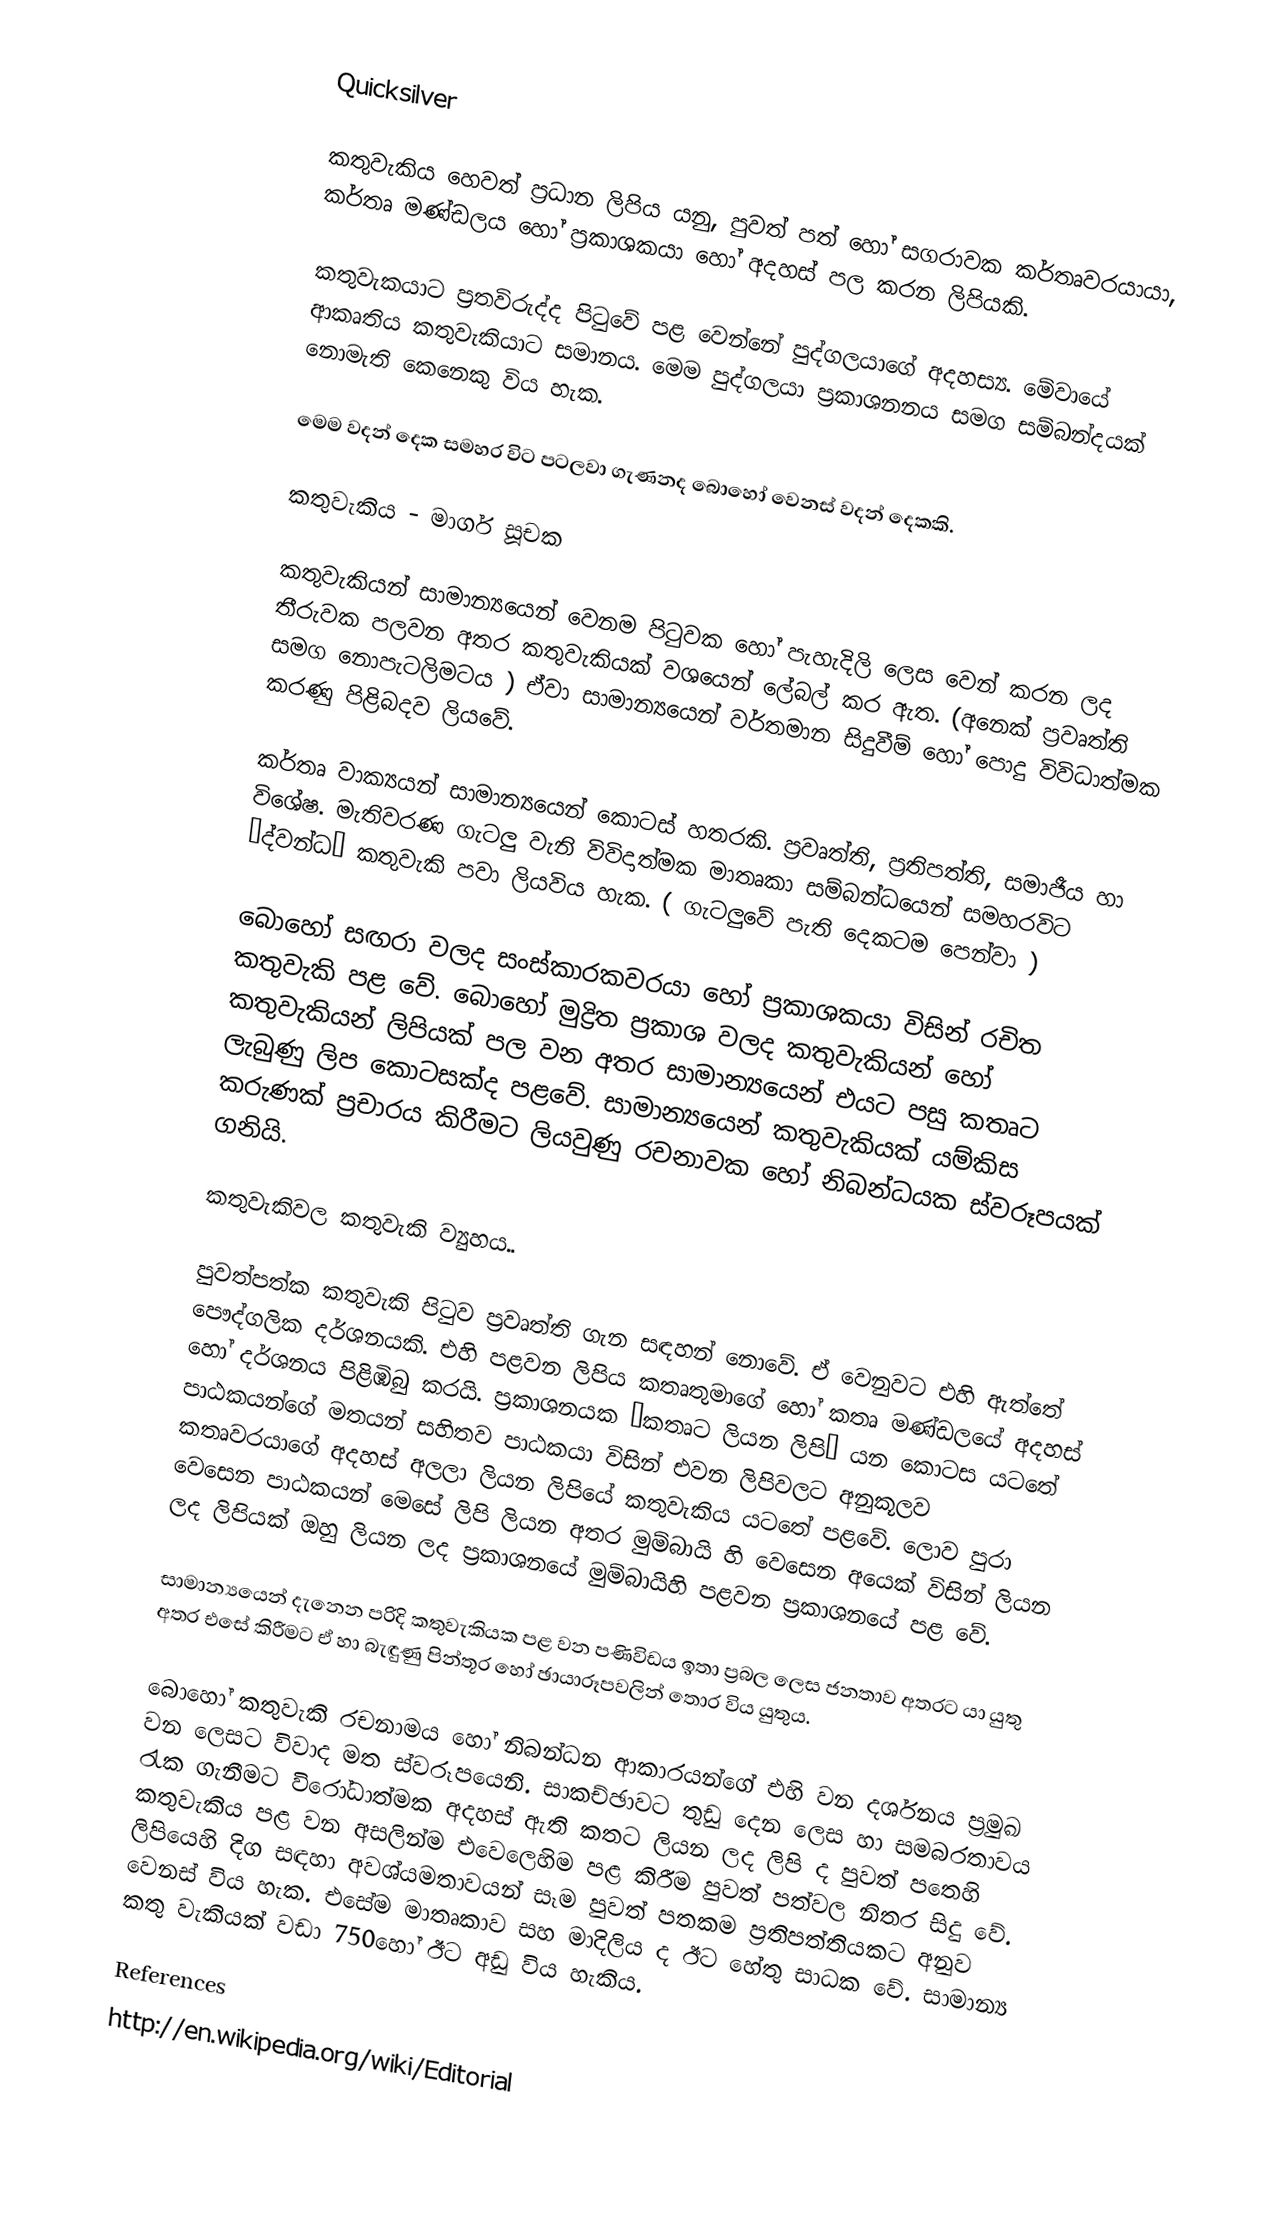
Quicksilver

කතුවැකිය හෙවත් ප්‍රධාන ලිපිය යනු, පුවත් පත් හෝ සගරාවක කර්තෘවරයායා, කර්තෘ මණ්ඩලය හෝ ප්‍රකාශකයා හෝ අදහස් පල කරන ලිපියකි.

කතුවැකයාට ප්‍රතවිරුද්ද පිටුවේ පළ වෙන්නේ පුද්ගලයාගේ අදහස්‍ය. මේවායේ ආකෘතිය කතුවැකියාට සමානය. මෙම පුද්ගලයා ප්‍රකාශනනය සමග සම්බන්දයක් නොමැති කෙනෙකු විය හැක.

මෙම වදන් දෙක සමහර විට පටලවා ගැණනද බොහෝ වෙනස් වදන් දෙකකි.

කතුවැකිය - මාර්ග සූචක

කතුවැකියන් සාමාන්‍යයෙන් වෙනම පිටුවක හෝ පැහැදිලි ලෙස වෙන් කරන ලද තීරුවක පලවන අතර කතුවැකියක් වශයෙන් ලේබල් කර ඇත. (අනෙක් ප්‍රවෘත්ති සමග නොපැටලිමටය ) ඒවා සාමාන්‍යයෙන් වර්තමාන සිදුවීම් හෝ පොදු විවිධාත්මක කරණු පිළිබදව ලියවේ.

කර්තෘ වාක්‍යයන් සාමාන්‍යයෙන් කොටස් හතරකි.  ප්‍රවෘත්ති, ප්‍රතිපත්ති, සමාජීය හා විශේෂ. මැතිවරණ ගැටලු වැනි විවිදාත්මක මාතෘකා සම්බන්ධයෙන් සමහරවිට “ද්වන්ධ” කතුවැකි පවා ලියවිය හැක. ( ගැටලුවේ පැති දෙකටම පෙන්වා )

බොහෝ සඟරා වලද සංස්කාරකවරයා හෝ ප්‍රකාශකයා විසින් රචිත කතුවැකි පළ වේ. බොහෝ මුද්‍රිත ප්‍රකාශ වලද කතුවැකියන් හෝ කතුවැකියන් ලිපියක් පල වන අතර සාමාන්‍යයෙන් එයට පසු  කතෘට ලැබුණු ලිප කොටසක්ද පළවේ. සාමාන්‍යයෙන් කතුවැකියක් යම්කිස කරුණක් ප්‍රචාරය කිරීමට ලියවුණු රචනාවක හෝ නිබන්ධයක ස්වරූපයක් ගනියි.

කතුවැකිවල කතුවැකි ව්‍යුහය..

පුවත්පත්ක කතුවැකි පිටුව ප්‍රවෘත්ති ගැන සඳහන් නොවේ. ඒ වෙනුවට එහි ඇත්තේ පෞද්ගලික දර්ශනයකි. එහි පළවන ලිපිය කතෘතුමාගේ හෝ කතෘ මණ්ඩලයේ අදහස් හෝ දර්ශනය පිළිඹිබු කරයි. ප්‍රකාශනයක “කතෘට ලියන ලිපි” යන කොටස යටතේ පාඨකයන්ගේ මතයන් සහිතව පාඨකයා විසින් එවන ලිපිවලට අනුකූලව කතෘවරයාගේ අදහස් අලලා ලියන ලිපියේ කතුවැකිය යටතේ පළවේ. ලොව පුරා වෙසෙන පාඨකයන් මෙසේ ලිපි ලියන අතර මුම්බායි හි වෙසෙන අයෙක් විසින් ලියන ලද ලිපියක් ඔහු ලියන ලද ප්‍රකාශනයේ මුම්බායිහි පළවන ප්‍රකාශනයේ පළ වේ.

සාමාන්‍යයෙන් දැනෙන පරිදි කතුවැකියක පළ වන පණිවිඩය ඉතා ප්‍රබල ලෙස ජනතාව අතරට යා යුතු අතර එසේ කිරීමට ඒ හා බැඳුණු පින්තූර හෝ ඡායාරූපවලින් තොර විය යුතුය.

බොහෝ කතුවැකි රචනාමය හෝ නිබන්ධන ආකාරයන්ගේ එහි වන දර්ශනය ප්‍රමුඛ වන ලෙසට විවාද මත ස්වරූපයෙනි. සාකච්ඡාවට තුඩු දෙන ලෙස හා සමබරතාවය රැක ගැනීමට විරෝධාත්මක අදහස් ඇති කතට ලියන ලද ලිපි ද පුවත් පතෙහි කතුවැකිය පළ වන අසලින්ම එවෙලෙහිම පළ කිරීම පුවත් පත්වල නිතර සිදු වේ. ලිපියෙහි දිග සඳහා අවශ්යමතාවයන් සෑම පුවත් පතකම ප්‍රතිපත්තියකට අනුව වෙනස් විය හැක. එසේම මාතෘකාව සහ මාදිලිය ද ඊට හේතු සාධක වේ. සාමාන්‍ය කතු වැකියක් වඩා 750හෝ ඊට අඩු විය හැකිය.

References
http://en.wikipedia.org/wiki/Editorial